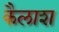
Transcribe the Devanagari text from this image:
कैलाश